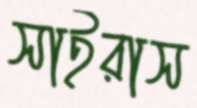
সাইরাস